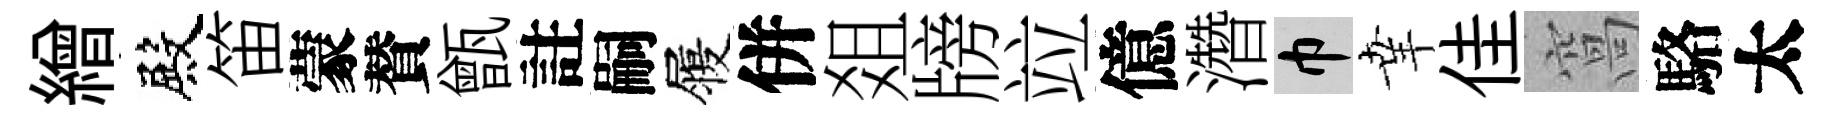
繒殿笛蒙賛甑註嗣履併爼牓竝億濳巾𦍒佳窩駱太